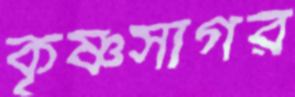
কৃষ্ণসাগর